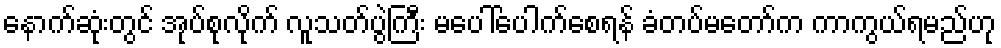
နောက်ဆုံးတွင် အုပ်စုလိုက် လူသတ်ပွဲကြီး မပေါ်ပေါက်စေရန် ခံတပ်မတော်က ကာကွယ်ရမည်ဟု